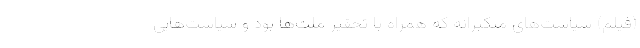
(فیلم) سیاست‌های متکبرانه که همراه با تحقیر ملت‌ها بود و سیاست‌هایی